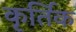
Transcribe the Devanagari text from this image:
कृर्तिक